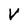
Character: V